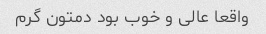
واقعا عالی و خوب بود دمتون گرم